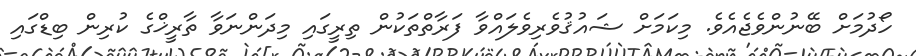
ހޯދުމަށް ބޭނުންވެޖެއެވެ. މިކަމަށް ޝައުޤުވެރިވެލައްވާ ފަރާތްތަކުން ތިރީގައި މިދަންނަވާ ތާރީޚްގެ ކުރިން ބިޑްގައި